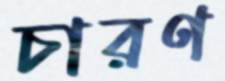
চারণ